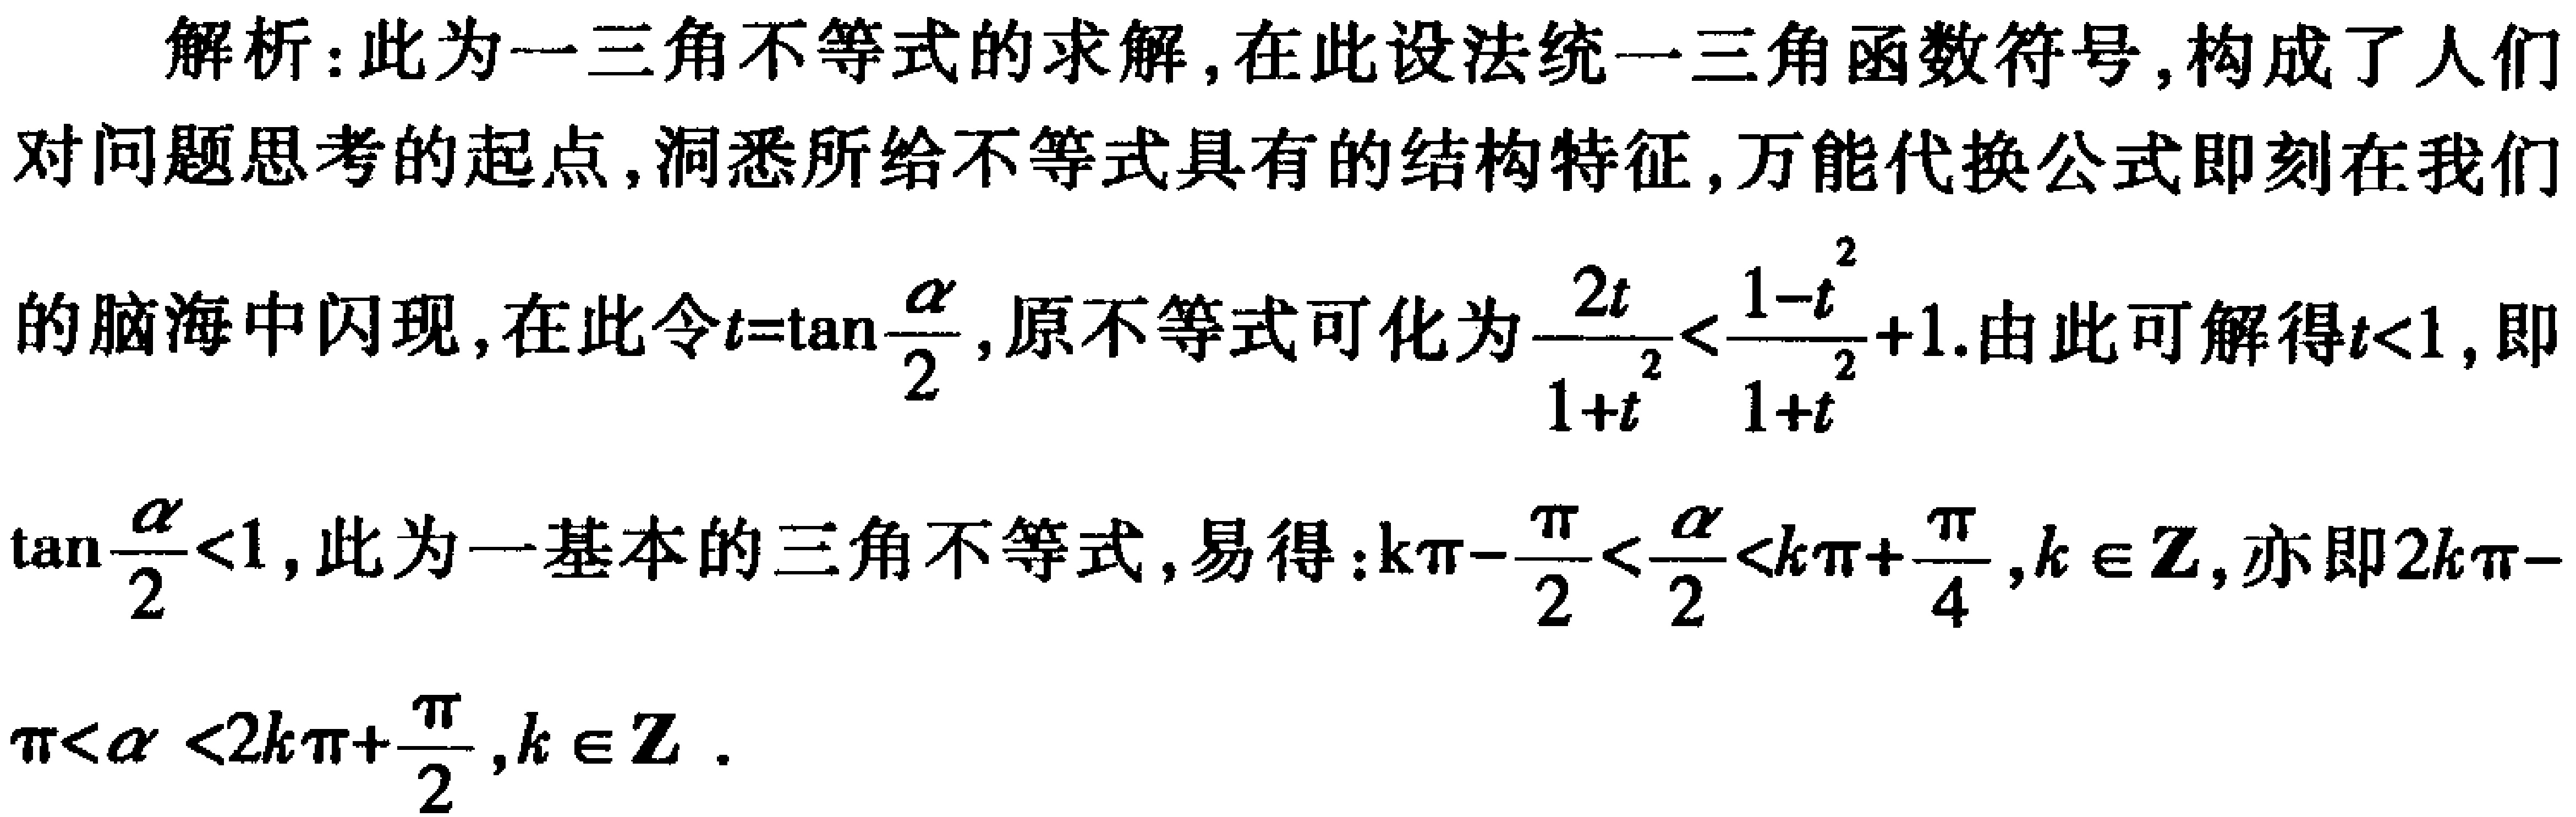
解析：此为一三角不等式的求解,在此设法统一三角函数符号,构成了人们
对问题思考的起点,洞悉所给不等式具有的结构特征,万能代换公式即刻在我们
的脑海中闪现,在此令\(t = \tan\frac{\alpha}{2}\),原不等式可化为\(\frac{2t}{1 + t^{2}}<\frac{1 - t^{2}}{1 + t^{2}}+1\).由此可解得\(t < 1\),即
\(\tan\frac{\alpha}{2}<1\),此为一基本的三角不等式,易得：\(k\pi-\frac{\pi}{2}<\frac{\alpha}{2}<k\pi+\frac{\pi}{4},k\in\mathbb{Z}\),亦即\(2k\pi - \)
\(\pi<\alpha<2k\pi+\frac{\pi}{2},k\in\mathbb{Z}\).